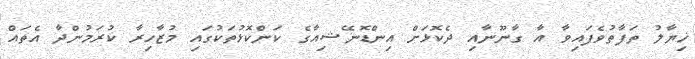
ޚިޔާލު ތަފާތުވެފައިވާ އާ ގާނޫނާއި ދެކޮޅަށް އިންޑޮނޭޝިއާގެ ކަންކޮޅުތަކުގައި މުޒާހިރާ ކުރަމުންދާ އެތައް